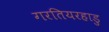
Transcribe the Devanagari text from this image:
गरतियरहाडु